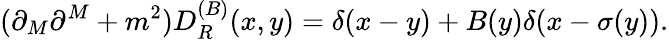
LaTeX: (\partial_{M}\partial^{M}+m^{2})D_{R}^{(B)}(x,y)=\delta(x-y)+B(y)\delta(x-\sigma(y)).